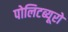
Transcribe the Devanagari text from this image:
पोलिटब्यूरो